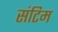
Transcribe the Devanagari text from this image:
संटिम